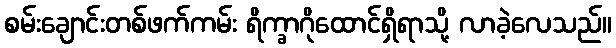
စမ်းချောင်းတစ်ဖက်ကမ်း ရိက္ခာဂိုထောင်ရှိရာသို့ လာခဲ့လေသည်။